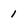
Character: 1